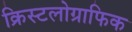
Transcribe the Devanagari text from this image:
क्रिस्टलोग्राफिक